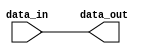
module open_drain_buffer #(parameter DATA_WIDTH = 1, PULL_UP_EN = 1)(
    input wire [DATA_WIDTH-1:0] data_in,
    output reg data_out
);

assign data_out = data_in & PULL_UP_EN;

endmodule